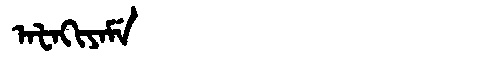
Manchu: ᠠᡶᠠᡴᡳᠶᠠᠮᡝ
Romanization: AFAKIYAME